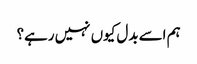
ہم اسے بدل کیوں نہیں رہے؟